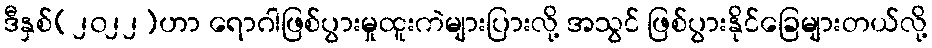
ဒီနှစ်(၂၀၂၂)ဟာ ရောဂါဖြစ်ပွားမှုထူးကဲများပြားလို့ အသွင် ဖြစ်ပွားနိုင်ခြေများတယ်လို့